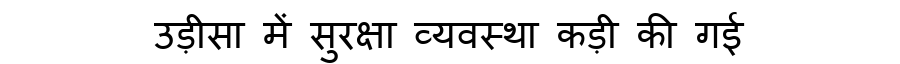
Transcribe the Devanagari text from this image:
उड़ीसा में सुरक्षा व्यवस्था कड़ी की गई